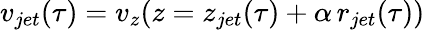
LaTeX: v_{jet}(\tau)=v_{z}(z=z_{jet}(\tau)+\alpha\, r_{jet}(\tau))